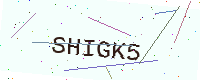
Text: SHIGK5